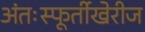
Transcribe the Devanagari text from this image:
अंतःस्फूर्तीखेरीज